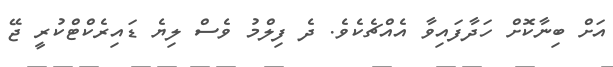
އަށް ބިނާކޮށް ހަދާފައިވާ އެއްޗެކެވެ. ދެ ފިލްމު ވެސް ލިޔެ ޑައިރެކްޓްކުރީ ޖޭ